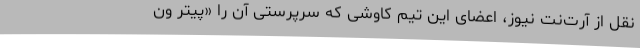
نقل از آرت‌نت نیوز، اعضای این تیم کاوشی که سرپرستی آن را «پیتر ون